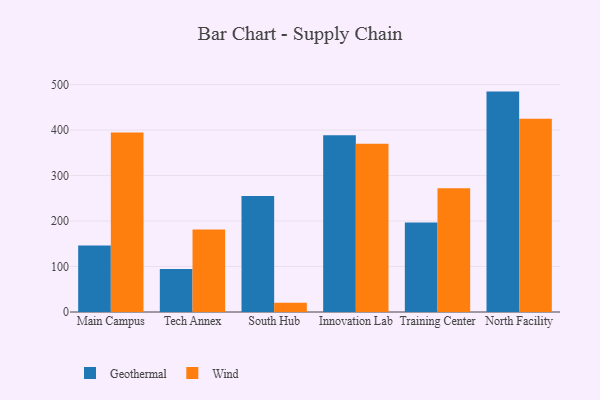
{"axis": {"x": "Campus", "y": "Active Users"}, "legend": ["Geothermal", "Wind"], "data": [{"x": "Main Campus", "y": 146.1, "type": "Geothermal"}, {"x": "Main Campus", "y": 394.9, "type": "Wind"}, {"x": "Tech Annex", "y": 94.7, "type": "Geothermal"}, {"x": "Tech Annex", "y": 181.3, "type": "Wind"}, {"x": "South Hub", "y": 254.9, "type": "Geothermal"}, {"x": "South Hub", "y": 20.1, "type": "Wind"}, {"x": "Innovation Lab", "y": 388.9, "type": "Geothermal"}, {"x": "Innovation Lab", "y": 370.1, "type": "Wind"}, {"x": "Training Center", "y": 197.0, "type": "Geothermal"}, {"x": "Training Center", "y": 272.3, "type": "Wind"}, {"x": "North Facility", "y": 484.6, "type": "Geothermal"}, {"x": "North Facility", "y": 425.1, "type": "Wind"}]}